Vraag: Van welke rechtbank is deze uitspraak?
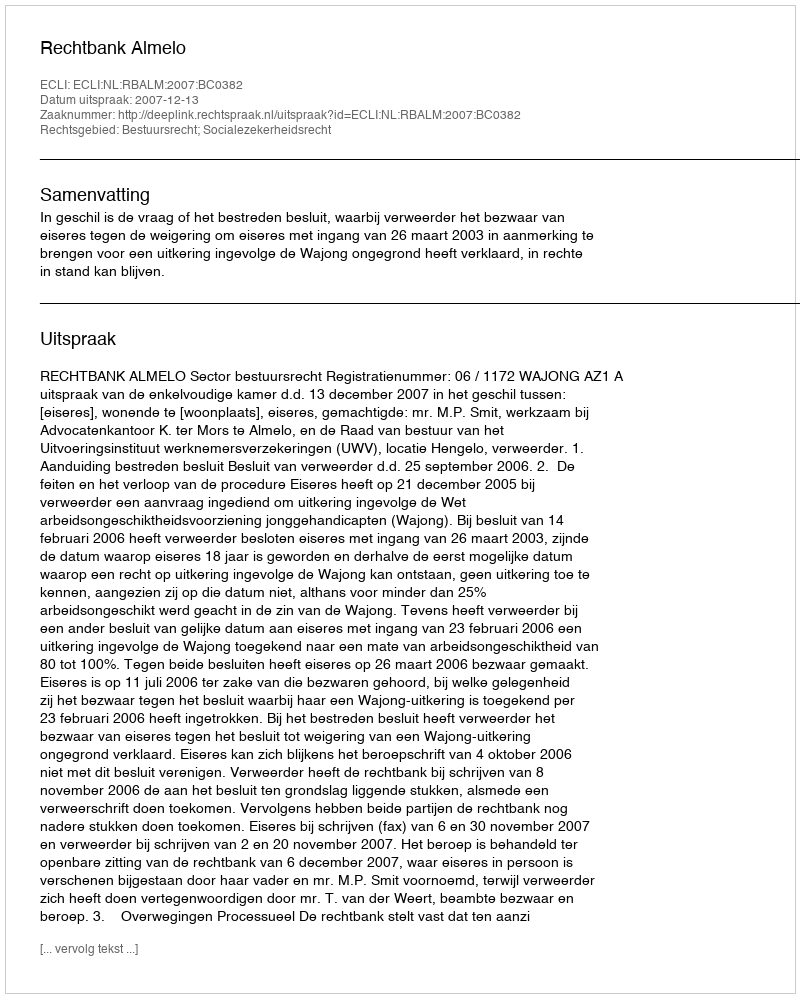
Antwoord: Rechtbank Almelo